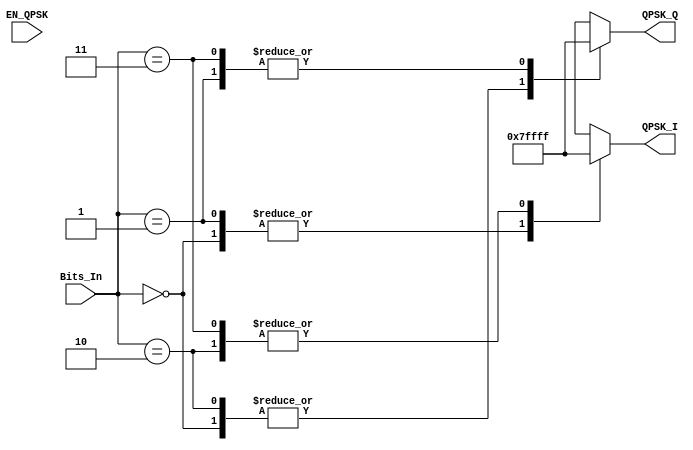
module QPSk_LUT#(parameter LUT_WIDTH = 18 ) (
input wire [1:0] Bits_In , 
input wire EN_QPSK ,
output reg signed [LUT_WIDTH-1:0] QPSK_I,
output reg signed [LUT_WIDTH-1:0] QPSK_Q
);

always @(EN_QPSK) begin 
    case(Bits_In)

        2'b00: begin // Map input 00 to QPSK symbol (1, 1)
            QPSK_I =  'b0_00000001;
            QPSK_Q =  'b0_00000001;
        end
        2'b01: begin // Map input 01 to QPSK symbol (1, -1)
            QPSK_I =  'b0_00000001;
            QPSK_Q = - 'd1;
        end
        2'b10: begin // Map input 10 to QPSK symbol (-1, 1)
            QPSK_I = - 'd1;
            QPSK_Q =  'b0_00000001;
        end
        2'b11: begin // Map input 11 to QPSK symbol (-1, -1)
            QPSK_I = - 'd1;
            QPSK_Q = - 'd1;
        end
        default: begin // Default mapping to (0, 0)
            QPSK_I =  'b0_00000000;
            QPSK_Q =  'b0_00000000;
        end
    endcase
end
endmodule